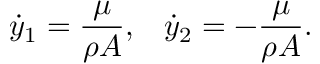
\dot { y } _ { 1 } = \frac { \mu } { \rho A } , \; \; \; \dot { y } _ { 2 } = - \frac { \mu } { \rho A } .